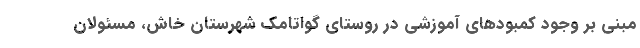
مبنی بر وجود کمبودهای آموزشی در روستای گواتامک شهرستان خاش، مسئولان